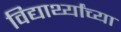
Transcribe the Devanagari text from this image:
विद्यार्थ्‍यांच्‍या